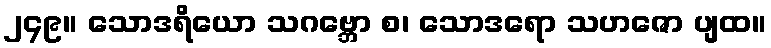
၂၄၉။ သောဒရိယော သဂဗ္ဘော စ၊ သောဒရော သဟဇော ပျထ။